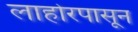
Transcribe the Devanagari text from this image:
लाहोरपासून